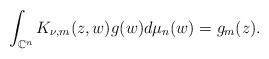
LaTeX: \begin{align*}\int_{\mathbb{C}^n}K_{\nu,m}(z,w)g(w)d\mu_n(w)=g_m(z).\end{align*}